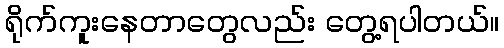
ရိုက်ကူးနေတာတွေလည်း တွေ့ရပါတယ်။